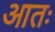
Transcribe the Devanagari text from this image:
आतः